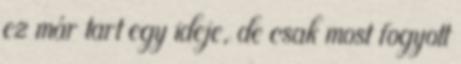
ez már tart egy ideje, de csak most fogyott